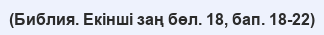
(Библия. Екінші заң бөл. 18, бап. 18-22)